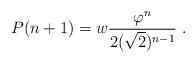
LaTeX: \begin{align*}P(n+1)= w\frac{\varphi^n}{2(\sqrt{2})^{n-1}}~.\end{align*}